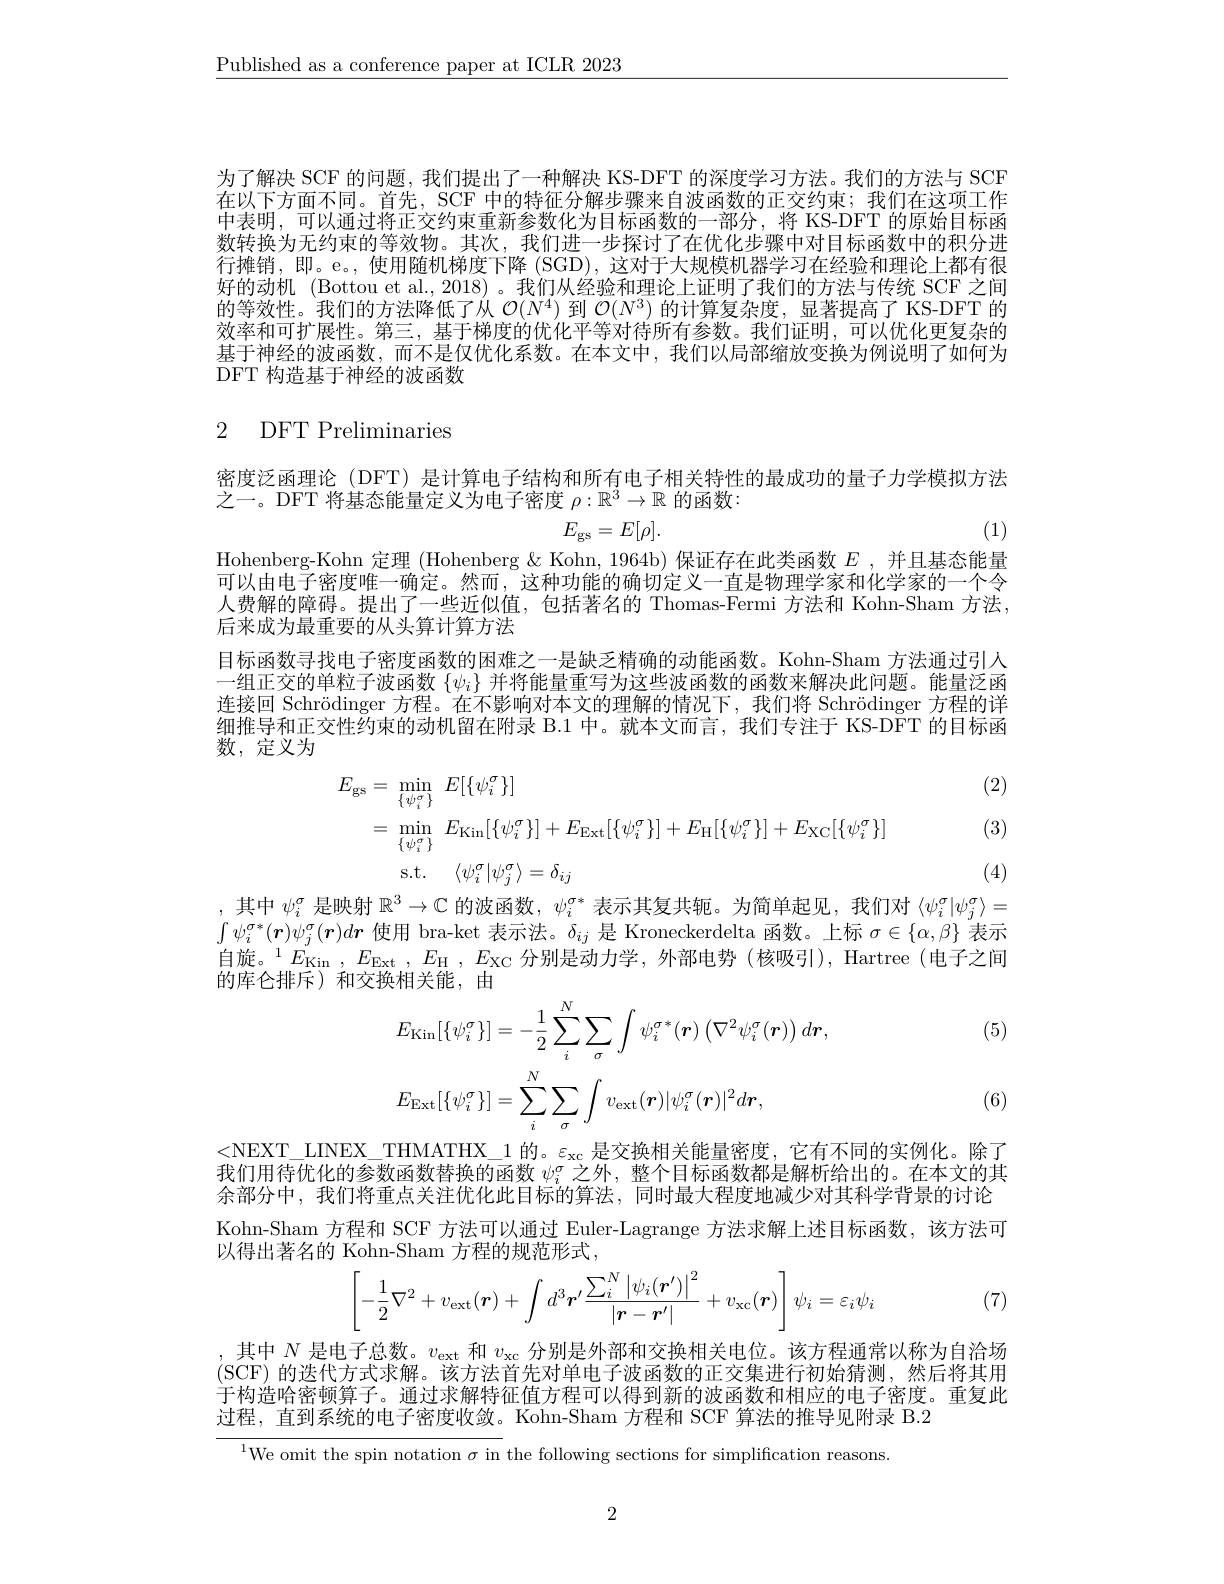
$\underline{\text{Published as a conference paper at ICLR 2023}}$

为了解决 SCF 的问题，我们提出了一种解决 KS-DFT 的深度学习方法。我们的方法与 SCF 在以下方面不同。首先，SCF 中的特征分解步骤来自波函数的正交约束；我们在这项工作中表明，可以通过将正交约束重新参数化为目标函数的一部分，将 KS-DFT 的原始目标函数转换为无约束的等效物。其次，我们进一步探讨了在优化步骤中对目标函数中的积分进行摊销，即。e。, 使用随机梯度下降 (SGD), 这对于大规模机器学习在经验和理论上都有很好的动机 (Bottou et al., 2018) 。我们从经验和理论上证明了我们的方法与传统 SCF 之间的等效性。我们的方法降低了从$\mathcal{O}(N^4)$到$\mathcal{O}(N^3)$的计算复杂度，显著提高了 KS-DFT 的效率和可扩展性。第三，基于梯度的优化平等对待所有参数。我们证明，可以优化更复杂的基于神经的波函数，而不是仅优化系数。在本文中，我们以局部缩放变换为例说明了如何为DFT 构造基于神经的波函数

# 2 DFT Preliminaries

密度泛函理论 (DFT) 是计算电子结构和所有电子相关特性的最成功的量子力学模拟方法
之一。DFT 将基态能量定义为电子密度$\rho:\mathbb{R}^3\to\mathbb{R}$的函数：
$$E_{\mathrm{gs}}=E[\rho].$$
(1)

Hohenberg-Kohn 定理 (Hohenberg & Kohn, 1964b) 保证存在此类函数$E$ ,并且基态能量可以由电子密度唯一确定。然而，这种功能的确切定义一直是物理学家和化学家的一个令人费解的障碍。提出了一些近似值，包括著名的 Thomas-Fermi 方法和 Kohn-Sham 方法， 后来成为最重要的从头算计算方法

目标函数寻找电子密度函数的困难之一是缺乏精确的动能函数。Kohn-Sham 方法通过引人一组正交的单粒子波函数$\{\psi_i\}$并将能量重写为这些波函数的函数来解决此问题。能量泛函连接回 Schrödinger 方程。在不影响对本文的理解的情况下，我们将 Schrödinger 方程的详细推导和正交性约束的动机留在附录 B.1 中。就本文而言，我们专注于 KS-DFT 的目标函数，定义为

(2)
$$\begin{aligned}E_{\mathrm{gs}}&=\:\operatorname*{min}_{\{\psi_{i}^{\sigma}\}}\:E[\{\psi_{i}^{\sigma}\}]\\&=\:\operatorname*{min}_{\{\psi_{i}^{\sigma}\}}\:E_{\mathrm{Kin}}[\{\psi_{i}^{\sigma}\}]+E_{\mathrm{Ext}}[\{\psi_{i}^{\sigma}\}]+E_{\mathrm{H}}[\{\psi_{i}^{\sigma}\}]+E_{\mathrm{XC}}[\{\psi_{i}^{\sigma}\}]\\&\mathrm{s.t.}\quad\langle\psi_{i}^{\sigma}|\psi_{j}^{\sigma}\rangle=\delta_{ij}\end{aligned}$$
(3)

(4)

其中$\psi_i^\sigma$是映射$\mathbb{R}^3\to\mathbb{C}$的波函数，$\psi_i^{\sigma*}$表示其复共轭。为简单起见，我们对$\langle\psi_i^\sigma|\psi_j^\sigma\rangle=$ $\int\psi_i^{\sigma*}(\boldsymbol{r})\psi_j^\sigma(\boldsymbol{r})d\boldsymbol{r}$使用 bra-ket 表示法。$\delta_ij$是 Kroneckerdelta 函数。上标$\sigma\in\{\alpha,\beta\}$表示自旋。$^1E_{\mathrm{Kin}},E_{\mathrm{Ext}},E_{\mathrm{H}},E_{\mathrm{XC}}$分别是动力学，外部电势(核吸引),Hartree(电子之间的库仑排斥)和交换相关能，由

(5)
$$\begin{aligned}&E_{\mathrm{Kin}}[\{\psi_{i}^{\sigma}\}]=-\frac{1}{2}\sum_{i}^{N}\sum_{\sigma}\int\psi_{i}^{\sigma*}(\boldsymbol{r})\left(\nabla^{2}\psi_{i}^{\sigma}(\boldsymbol{r})\right)d\boldsymbol{r},\\&E_{\mathrm{Ext}}[\{\psi_{i}^{\sigma}\}]=\sum_{i}^{N}\sum_{\sigma}\int v_{\mathrm{ext}}(\boldsymbol{r})|\psi_{i}^{\sigma}(\boldsymbol{r})|^{2}d\boldsymbol{r},\\\end{aligned}$$
(6)

<NEXT\_LINEX\_THMATHX\_1 的。$\varepsilon_\mathrm{xc}$是交换相关能量密度，它有不同的实例化。除了我们用待优化的参数函数替换的函数$\psi_i^\mathrm{\sigma}$之外，整个目标函数都是解析给出的。在本文的其余部分中，我们将重点关注优化此目标的算法，同时最大程度地减少对其科学背景的讨论Kohn-Sham 方程和 SCF 方法可以通过 Euler-Lagrange 方法求解上述目标函数，该方法可以得出著名的 Kohn-Sham 方程的规范形式，
$$\left[-\frac{1}{2}\nabla^{2}+v_{\mathrm{ext}}(\boldsymbol{r})+\int d^{3}\boldsymbol{r}'\frac{\sum_{i}^{N}\left|\psi_{i}(\boldsymbol{r}')\right|^{2}}{\left|\boldsymbol{r}-\boldsymbol{r}'\right|}+v_{\mathrm{xc}}(\boldsymbol{r})\right]\psi_{i}=\varepsilon_{i}\psi_{i}$$
(7)

其中$N$是电子总数。$v_\mathrm{ext}$和$v_\mathrm{xc}$分别是外部和交换相关电位。该方程通常以称为自治场(SCF) 的迭代方式求解。该方法首先对单电子波函数的正交集进行初始猜测，然后将其用于构造哈密顿算子。通过求解特征值方程可以得到新的波函数和相应的电子密度。重复此过程，直到系统的电子密度收敛。Kohn-Sham 方程和 SCF 算法的推导见附录 B.2
$^{1}$We omit the spin notation $\sigma$ in the following sections for simplification reasons.

2